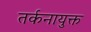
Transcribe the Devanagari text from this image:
तर्कनायुक्त